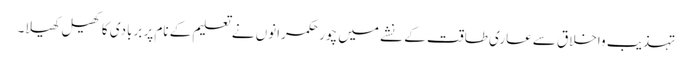
تہذیب واخلاق سےعاری طاقت کے نشے میں چور حکمرانوں نے تعلیم کے نام پر بربادی کاکھیل کھیلا۔